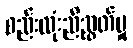
စည်းလုံးညီညွတ်မှု